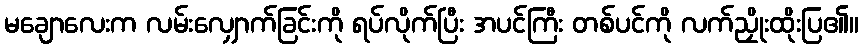
မချောလေးက လမ်းလျှောက်ခြင်းကို ရပ်လိုက်ပြီး အပင်ကြီး တစ်ပင်ကို လက်ညှိုးထိုးပြ၏။